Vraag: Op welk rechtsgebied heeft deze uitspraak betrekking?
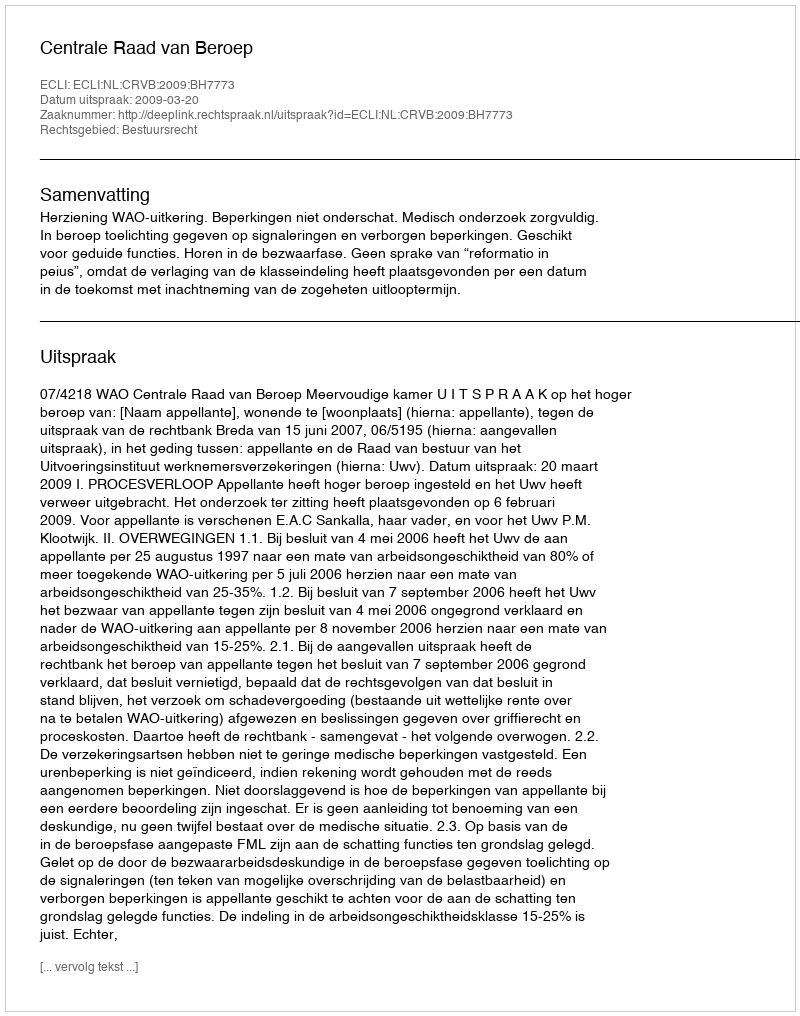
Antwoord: Bestuursrecht